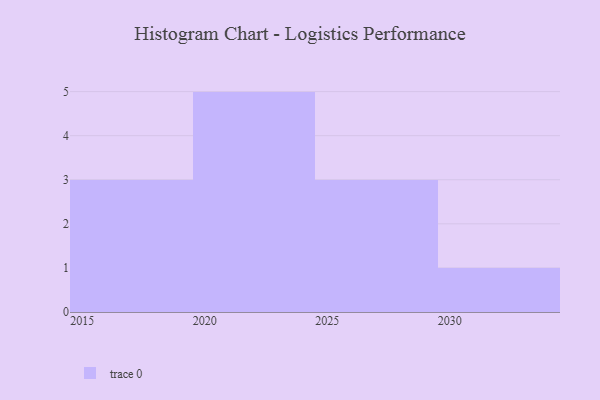
{"axis": {"x": "Year", "y": "Inventory Turnover"}, "legend": [""], "data": [{"x": "2015", "y": 86, "type": ""}, {"x": "2029", "y": 52, "type": ""}, {"x": "2019", "y": 28, "type": ""}, {"x": "2024", "y": 80, "type": ""}, {"x": "2021", "y": 4, "type": ""}, {"x": "2030", "y": 12, "type": ""}, {"x": "2027", "y": 54, "type": ""}, {"x": "2017", "y": 2, "type": ""}, {"x": "2026", "y": 51, "type": ""}, {"x": "2020", "y": 25, "type": ""}, {"x": "2023", "y": 4, "type": ""}, {"x": "2022", "y": 76, "type": ""}]}